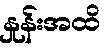
နှုန်းအထိ